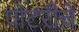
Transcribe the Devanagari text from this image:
पोटरीचे